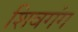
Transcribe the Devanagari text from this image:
शिवगंग